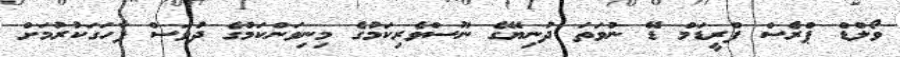
ވޯލްޑް ޕްރެސް ފްރީޑަމް ޑޭ ނުވަތަ ދުނިޔޭގެ ނޫސްވެރިކަމުގެ މިނިވަންކަމުގެ ދުވަސް ފާހަގަކުރުމަށް